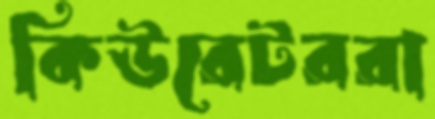
কিউরেটররা